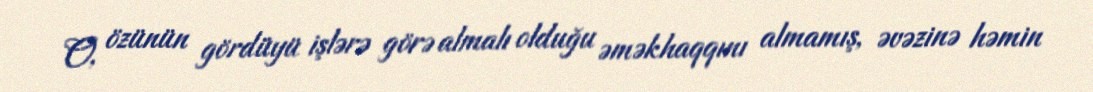
O, özünün gördüyü işlərə görə almalı olduğu əməkhaqqını almamış, əvəzinə həmin